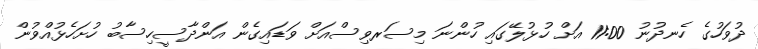
ދުވަހުގެ ހެނދުނު 11:00 އަށް ހުޅުލޭގައި ހުންނަ މިސަރވިސްއަށް ވަޑައިގެން އަންދާސީހިސާބު ހުށަހެޅުއްވުން